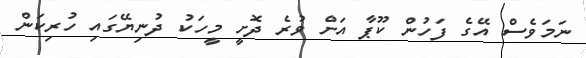
ނަމަވެސް އޭގެ ފަހުން ކޫޕާ އަށް ވުރެ ދޮށީ މީހަކު ދުނިޔޭގައި ހުރިކަން